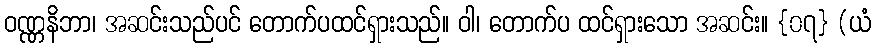
ဝဏ္ဏနိဘာ၊ အဆင်းသည်ပင် တောက်ပထင်ရှားသည်။ ဝါ၊ တောက်ပ ထင်ရှားသော အဆင်း။ {၀၇} (ယံ